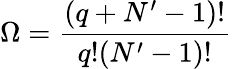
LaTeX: \Omega={\frac{\left(q+N^{\prime}-1\right)!}{q!(N^{\prime}-1)!}}